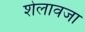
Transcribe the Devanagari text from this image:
शेलावजा